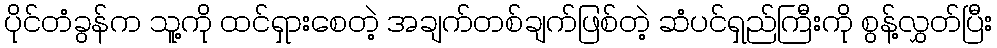
ပိုင်တံခွန်က သူ့ကို ထင်ရှားစေတဲ့ အချက်တစ်ချက်ဖြစ်တဲ့ ဆံပင်ရှည်ကြီးကို စွန့်လွှတ်ပြီး